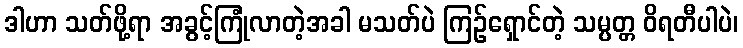
ဒါဟာ သတ်ဖို့ရာ အခွင့်ကြုံလာတဲ့အခါ မသတ်ပဲ ကြဉ်ရှောင်တဲ့ သမ္ပတ္တ ဝိရတီပါပဲ၊